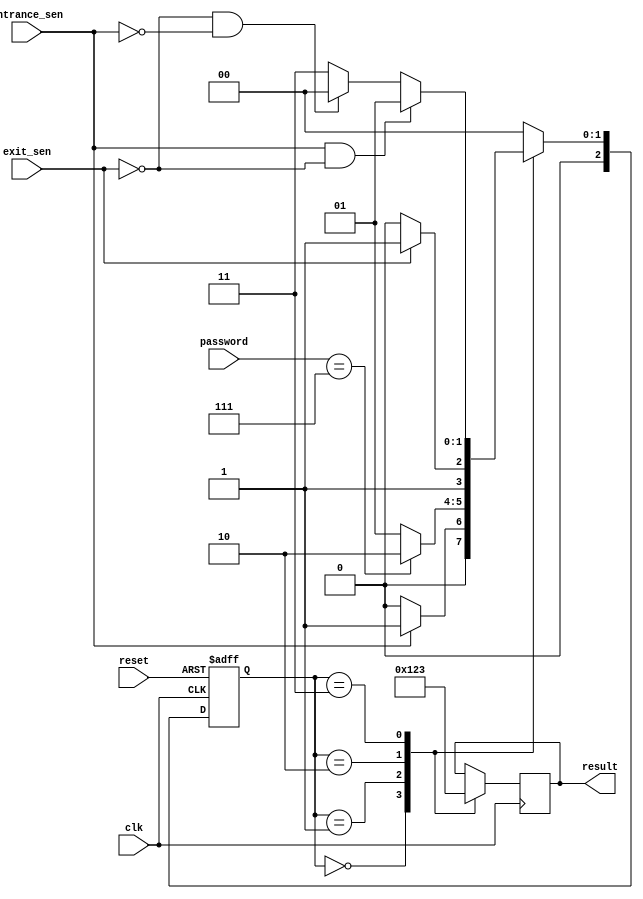
`timescale 1ns / 1ps
//////////////////////////////////////////////////////////////////////////////////
// Company: 
// Engineer: 
// 
// Design Name: 
// Module Name:    Car_Parking2 
// Project Name: 
// Target Devices: 
// Tool versions: 
// Description: 
//
// Dependencies: 
//
// Revision: 
// Revision 0.01 - File Created
// Additional Comments: 
//
//////////////////////////////////////////////////////////////////////////////////

`timescale 1ns / 1ps

module Car_Parking2(clk,reset,entrance_sen,exit_sen,password,result);
input clk,reset,entrance_sen,exit_sen;
input[2:0] password;
output [3:0]result;
reg[3:0] result;
parameter idle=3'b000,check=3'b001,opengate=3'b010,closegate=3'b011;
reg[2:0]current_state,next_state;


//NEXT STATE
always@(posedge clk or posedge reset)
begin
if(reset)
current_state=idle;
else
current_state=next_state;
end

//CHANGE STATE
always@(*)
begin
case(current_state)
idle:begin
     if(entrance_sen==1)
	  next_state=check;
	  else
	  next_state=idle;
	  end
check:begin
               if(password==3'b111)
					next_state=opengate;
					else
					next_state=check;
					end
opengate:begin
               if(exit_sen==1)
               next_state=closegate;
					else
					next_state=opengate;
			      end
closegate:begin
     if(entrance_sen==1 && exit_sen==0)
	  next_state=check;
	  else if(exit_sen==0 && entrance_sen==0)
	  next_state=idle;
	  else 
	  next_state=closegate;
	  end
default:next_state=idle;
endcase
end

//OUTPUT
always@(posedge clk)
begin
case(current_state)
idle:begin
   result=4'b0000;
	end
check:begin
               result=4'b0001;
					end
opengate:begin
     result=4'b0010;
	  end
closegate:begin
     result=4'b0011;
	  end
endcase
end
endmodule